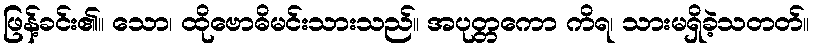
ဖြန့်ခင်း၏။ သော၊ ထိုဗောဓိမင်းသားသည်။ အပုတ္တကော ကိရ၊ သားမရှိခဲ့သတတ်။